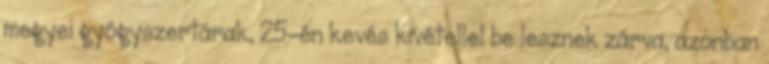
megyei gyógyszertárak, 25-én kevés kivétellel be lesznek zárva, azonban